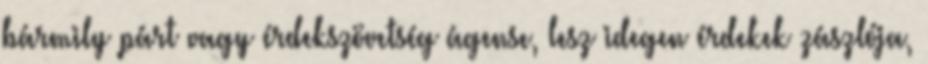
bármily párt vagy érdekszövetség ágense, lesz idegen érdekek zászlója,